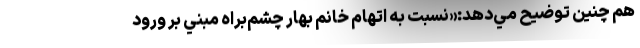
هم چنين توضيح مي‌دهد:«نسبت به اتهام خانم بهار چشم‌براه مبني بر ورود